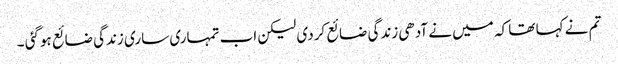
تم نے کہا تھا کہ میں نے آدھی زندگی ضائع کردی لیکن اب تمہاری ساری زندگی ضائع ہوگئی ۔